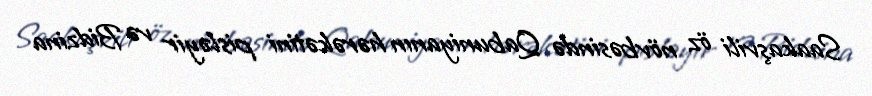
Saakaşvili öz növbəsində Qabuniyanın hərəkətini pisləyir və Bidzina